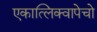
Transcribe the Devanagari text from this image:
एकात्लिक्वापेचो